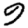
Digit: 9